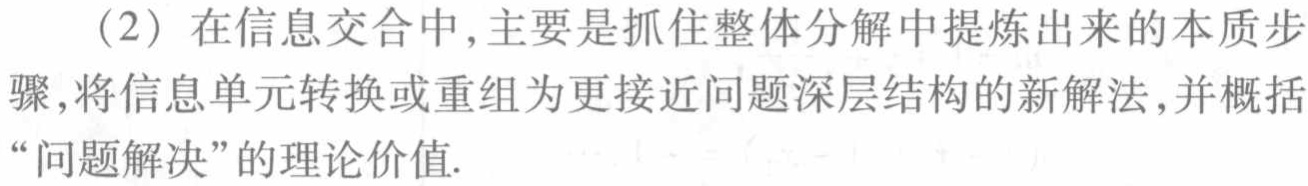
（2）在信息交合中,主要是抓住整体分解中提炼出来的本质步骤,将信息单元转换或重组为更接近问题深层结构的新解法,并概括“问题解决”的理论价值.